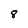
Character: 8